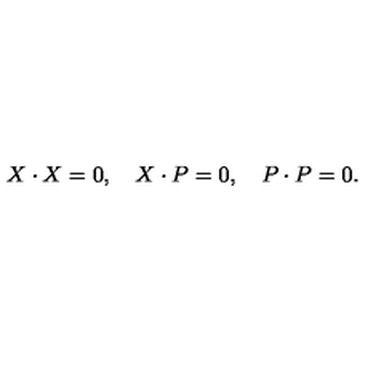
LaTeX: X \cdot X = 0 , \quad X \cdot P = 0 , \quad P \cdot P = 0 .